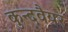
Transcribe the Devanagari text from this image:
कुन्दवैयर